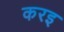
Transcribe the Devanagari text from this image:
करइ